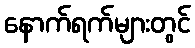
နောက်ရက်များတွင်